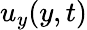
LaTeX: u_{y}(y,t)